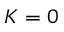
K = 0